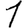
Digit: 1